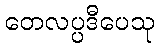
တေလပ္ပဒီပေသု